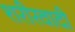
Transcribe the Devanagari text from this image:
शरीरवादी